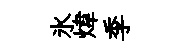
氷煒季